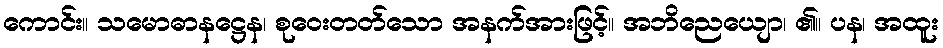
ကောင်း။ သမောဓာနဋ္ဌေန၊ စုဝေးတတ်သော အနက်အားဖြင့်။ အဘိညေယျော၊ ၏။ ပန၊ အထူး